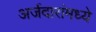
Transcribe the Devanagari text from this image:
अर्जदारांमध्ये